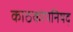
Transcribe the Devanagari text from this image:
काठकोपनिषद्